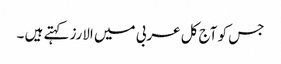
جس کو آج کل عربی میں الارز کہتے ہیں ۔